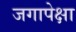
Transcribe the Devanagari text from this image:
जगापेक्षा